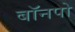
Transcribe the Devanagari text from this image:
बॉनपो